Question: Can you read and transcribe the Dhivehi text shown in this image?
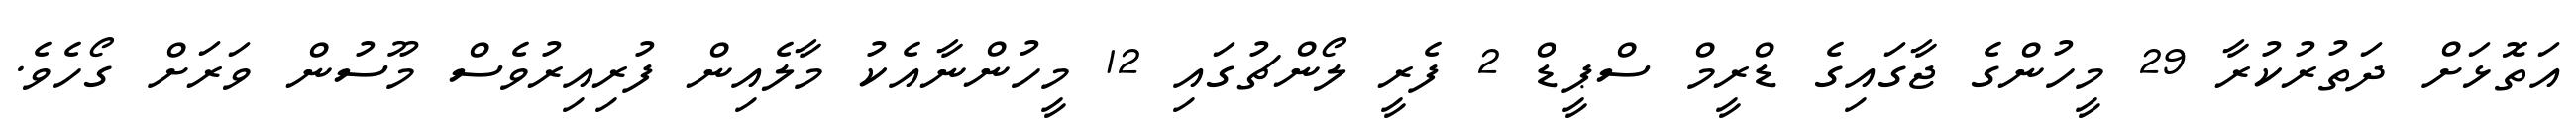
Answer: އަތޮޅަށް ދަތުރުކުރާ 29 މީހުންގެ ޖާގައިގެ ޑްރީމް ސްޕީޑް 2 ފެރީ ލޯންޗުގައި 12 މީހުންނާއެކު މާލެއިން ފުރިއިރުވެސް މޫސުން ވަރަށް ގޯހެވެ.